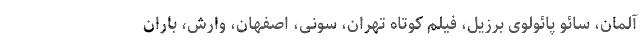
آلمان، سائو پائولوی برزیل، فیلم کوتاه تهران، سونی، اصفهان، وارش، باران